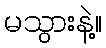
မသွားနဲ့။